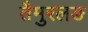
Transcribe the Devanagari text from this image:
तैमुरलङ